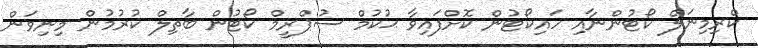
ކްރިމިނަލް ކޯޓުންނާއި ހައިކޯޓުން ކޮށްފައިވާ ޙުކުމް ސުޕްރީމް ކޯޓުން ބާތިލް ކުރުމުން މިނިވަން